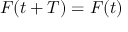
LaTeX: F ( t + T ) = F ( t )